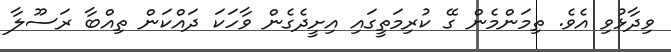
ވިދާޅުވި އެވެ. ތިމަންމެން ގޭ ކުރިމަތީގައި އިށީދެގެން ވާހަކަ ދައްކަން ތިއްބާ ރަސޫލާ